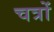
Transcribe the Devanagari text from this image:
चत्रों